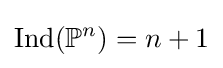
\operatorname {Ind} (\mathbb {P} ^{n})=n+1